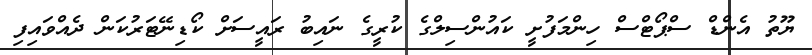
ޔޫތު އެންޑް ސްޕޯޓްސް ހިންމަފުށީ ކައުންސިލްގެ ކުރީގެ ނައިބު ރައީސަށް ކޯޑިނޭޓަރުކަން ދެއްވައިފި